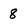
Character: 8